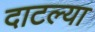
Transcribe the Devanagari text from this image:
दाटल्या